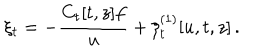
\xi _ { t } = - { \frac { C _ { t } [ t , z ] f } { u } } + \xi _ { t } ^ { ( 1 ) } [ u , t , z ] \, .